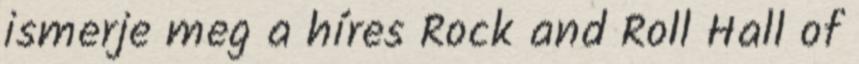
ismerje meg a híres Rock and Roll Hall of